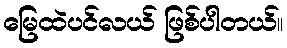
မြေထဲပင်လယ် ဖြစ်ပါတယ်။